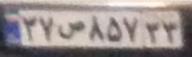
۳۷ص۸۵۷۳۳